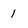
Character: 1